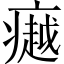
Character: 𪽸